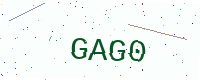
Text: GAG0